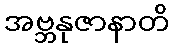
အဗ္ဘနုဇာနာတိ